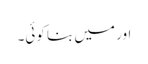
اور میں بنا کوئی۔